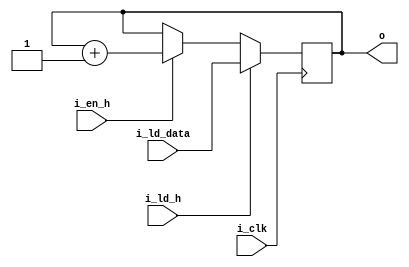
//-----------------------------------------------------------------------------
// counter vram position
//-----------------------------------------------------------------------------
module vga_vram_pos
(
    input  wire        i_clk,
	input  wire        i_ld_h,
	input  wire        i_en_h,
	input  wire [10:0] i_ld_data,
	output wire [10:0] o
);

reg [10:0] q = 0;

always @(posedge i_clk)
begin
    if (i_ld_h == 1) begin
		q <= i_ld_data;
	end else if (i_en_h) begin
		q <= q + 1'b1;
	end
end

assign o = q;

endmodule